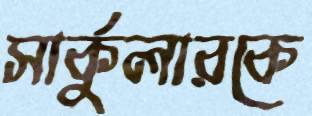
সার্কুলারকে